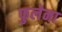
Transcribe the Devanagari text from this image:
फुलेना